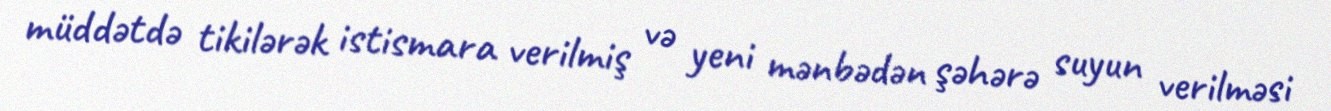
müddətdə tikilərək istismara verilmiş və yeni mənbədən şəhərə suyun verilməsi